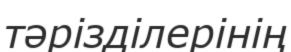
тәрізділерінің